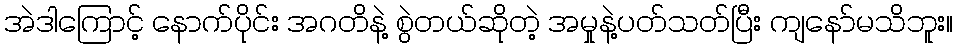
အဲဒါကြောင့် နောက်ပိုင်း အဂတိနဲ့ စွဲတယ်ဆိုတဲ့ အမှုနဲ့ပတ်သတ်ပြီး ကျနော်မသိဘူး။